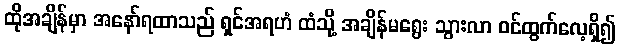
ထိုအချိန်မှာ အနော်ရထာသည် ရှင်အရဟံ ထံသို့ အချိန်မရွေး သွားလာ ဝင်ထွက်လေ့ရှိ၍